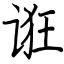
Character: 诳